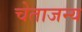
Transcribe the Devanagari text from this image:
चेताजन्य